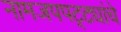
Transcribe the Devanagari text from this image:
नामजपपट्ट्यांचे